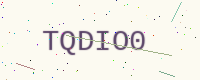
Text: TQDIO0